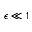
\epsilon \ll 1